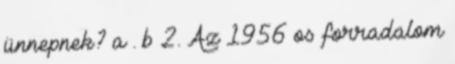
ünnepnek? a . b 2. Az 1956 os forradalom